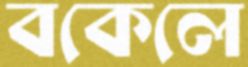
বকেলে